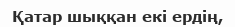
Қатар шыққан екі ердің,